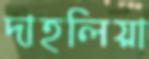
দাহলিয়া